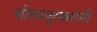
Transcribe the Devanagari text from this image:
सोलापूरकरांनी